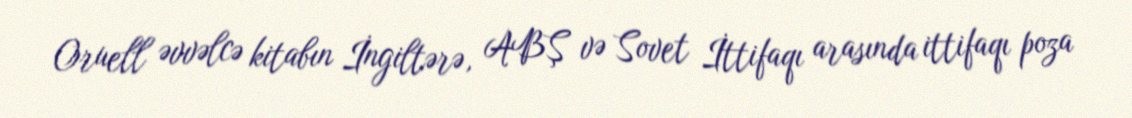
Oruell əvvəlcə kitabın İngiltərə, ABŞ və Sovet İttifaqı arasında ittifaqı poza